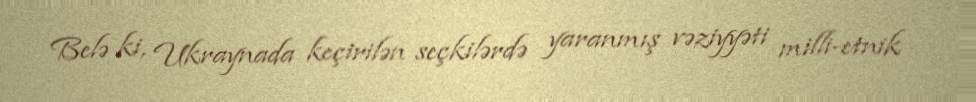
Belə ki, Ukraynada keçirilən seçkilərdə yaranmış vəziyyəti milli-etnik